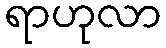
ရာဟုလာ